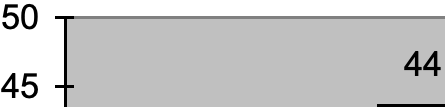
50 44 45